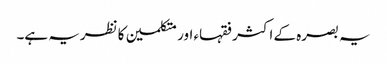
یہ بصرہ کے اکثر فقہاء اور متکلمین کا نظریہ ہے۔